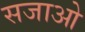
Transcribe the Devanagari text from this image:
सजाओ